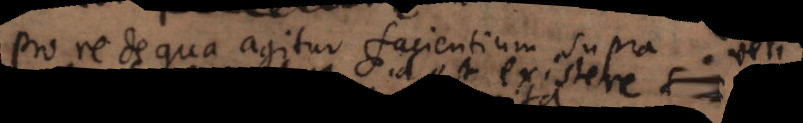
pro re de qua agitur facientium supra